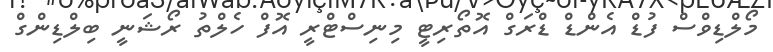
މޯލްޑިވްސް ފުޑް އެންޑް ޑްރަގް އޮތޯރިޓީ މިނިސްޓްރީ އޮފް ހެލްތު ރޯޝަނީ ބިލްޑިންގް